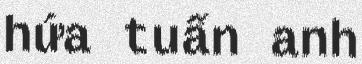
hứa tuấn anh